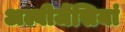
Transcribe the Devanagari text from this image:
अल्बीजेंसियां